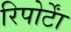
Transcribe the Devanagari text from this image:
रिपोर्टाें